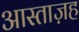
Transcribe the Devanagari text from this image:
आस्ताज़ह